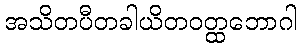
အသိတပီတခါယိတဝတ္ထဘောဂါ